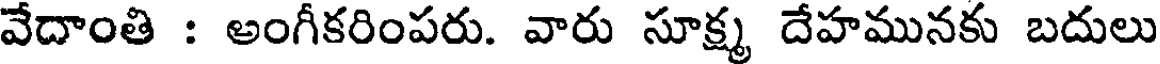
వేదాంతి : అంగీకరింపరు. వారు సూక్ష్మ దేహమునకు బదులు